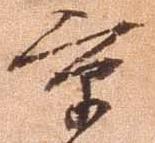
京